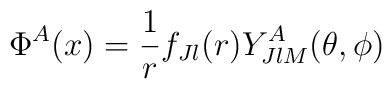
\Phi ^A (x) = {1 \over r} f_{Jl} (r) Y^A _{JlM} (\theta , \phi )